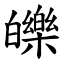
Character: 皪